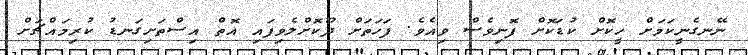
ނޭނގެނީކަމަށް ހީކޮށް ކުޑަކޮށް ފޮނިވެސް ވިއެވެ. ފަހަތަށް ދޫކޮށްލެވިފައި އޮތް އިސްތަށިގަނޑު ކުރިމައްޗަށް